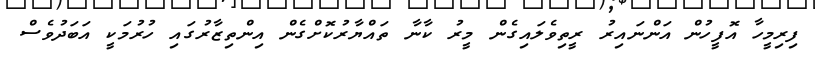
ފިރިމީހާ އޮފީހުން އަންނައިރު ރީތިވެލައިގެން މީރު ކާނާ ތައްޔާރުކޮށްގެން އިންތިޒާރުގައި ހުރުމަކީ އަބަދުވެސް